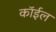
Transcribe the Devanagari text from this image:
कॉईल